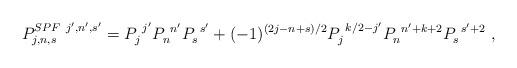
LaTeX: \begin{align*}P^{SPF~j',n',s'}_{j,n,s} = P_j^{~j'} P_n^{~n'} P_s^{~s'} + (-1)^{(2j-n+s)/2} P_j^{~k/2-j'} P_n^{~n'+k+2} P_s^{~s'+2} ~,\end{align*}